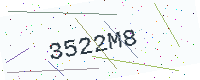
Text: 3522M8